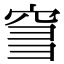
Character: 𥥨